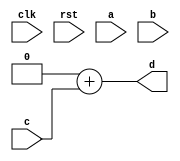

module conf_int_mac__noFF__truncated( clk, rst, a, b, c, d
 );
//--- parameters
//parameter NAB_RND = 0
parameter OP_BITWIDTH = 16; //operator bit width
parameter DATA_PATH_BITWIDTH = 16; //flip flop Bit width
parameter NAB = 12; //flip flop Bit width

//--- input,outputs
input clk;
input rst;
input [DATA_PATH_BITWIDTH -1:0] a;
input [DATA_PATH_BITWIDTH-1:0] b;
input [DATA_PATH_BITWIDTH-1:0] c;
output [DATA_PATH_BITWIDTH-1:0] d;


//--- no flop design
wire [2*(DATA_PATH_BITWIDTH - NAB): 0]  d_temp ;
assign d_temp = (a[DATA_PATH_BITWIDTH-1: NAB] * b[DATA_PATH_BITWIDTH-1:NAB]);
assign  d[DATA_PATH_BITWIDTH-1: 0] = (d_temp << 2*NAB) + c[DATA_PATH_BITWIDTH-1: 0];
//assign d[2*NAB - 1: 0] = {{2*NAB}{1'b0}};

endmodule